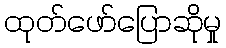
ထုတ်ဖော်ပြောဆိုမှု